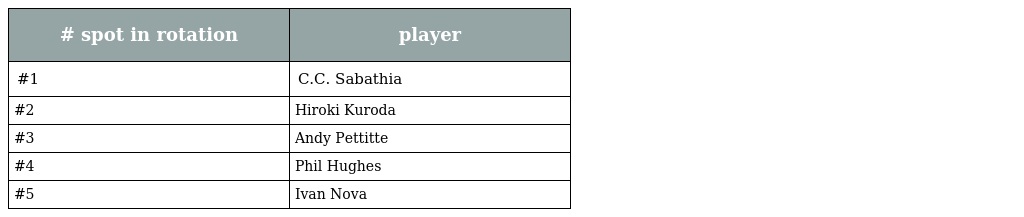
| # spot in rotation | player |
 | --- | --- |
 | #1 | C.C. Sabathia |
 | #2 | Hiroki Kuroda |
 | #3 | Andy Pettitte |
 | #4 | Phil Hughes |
 | #5 | Ivan Nova |